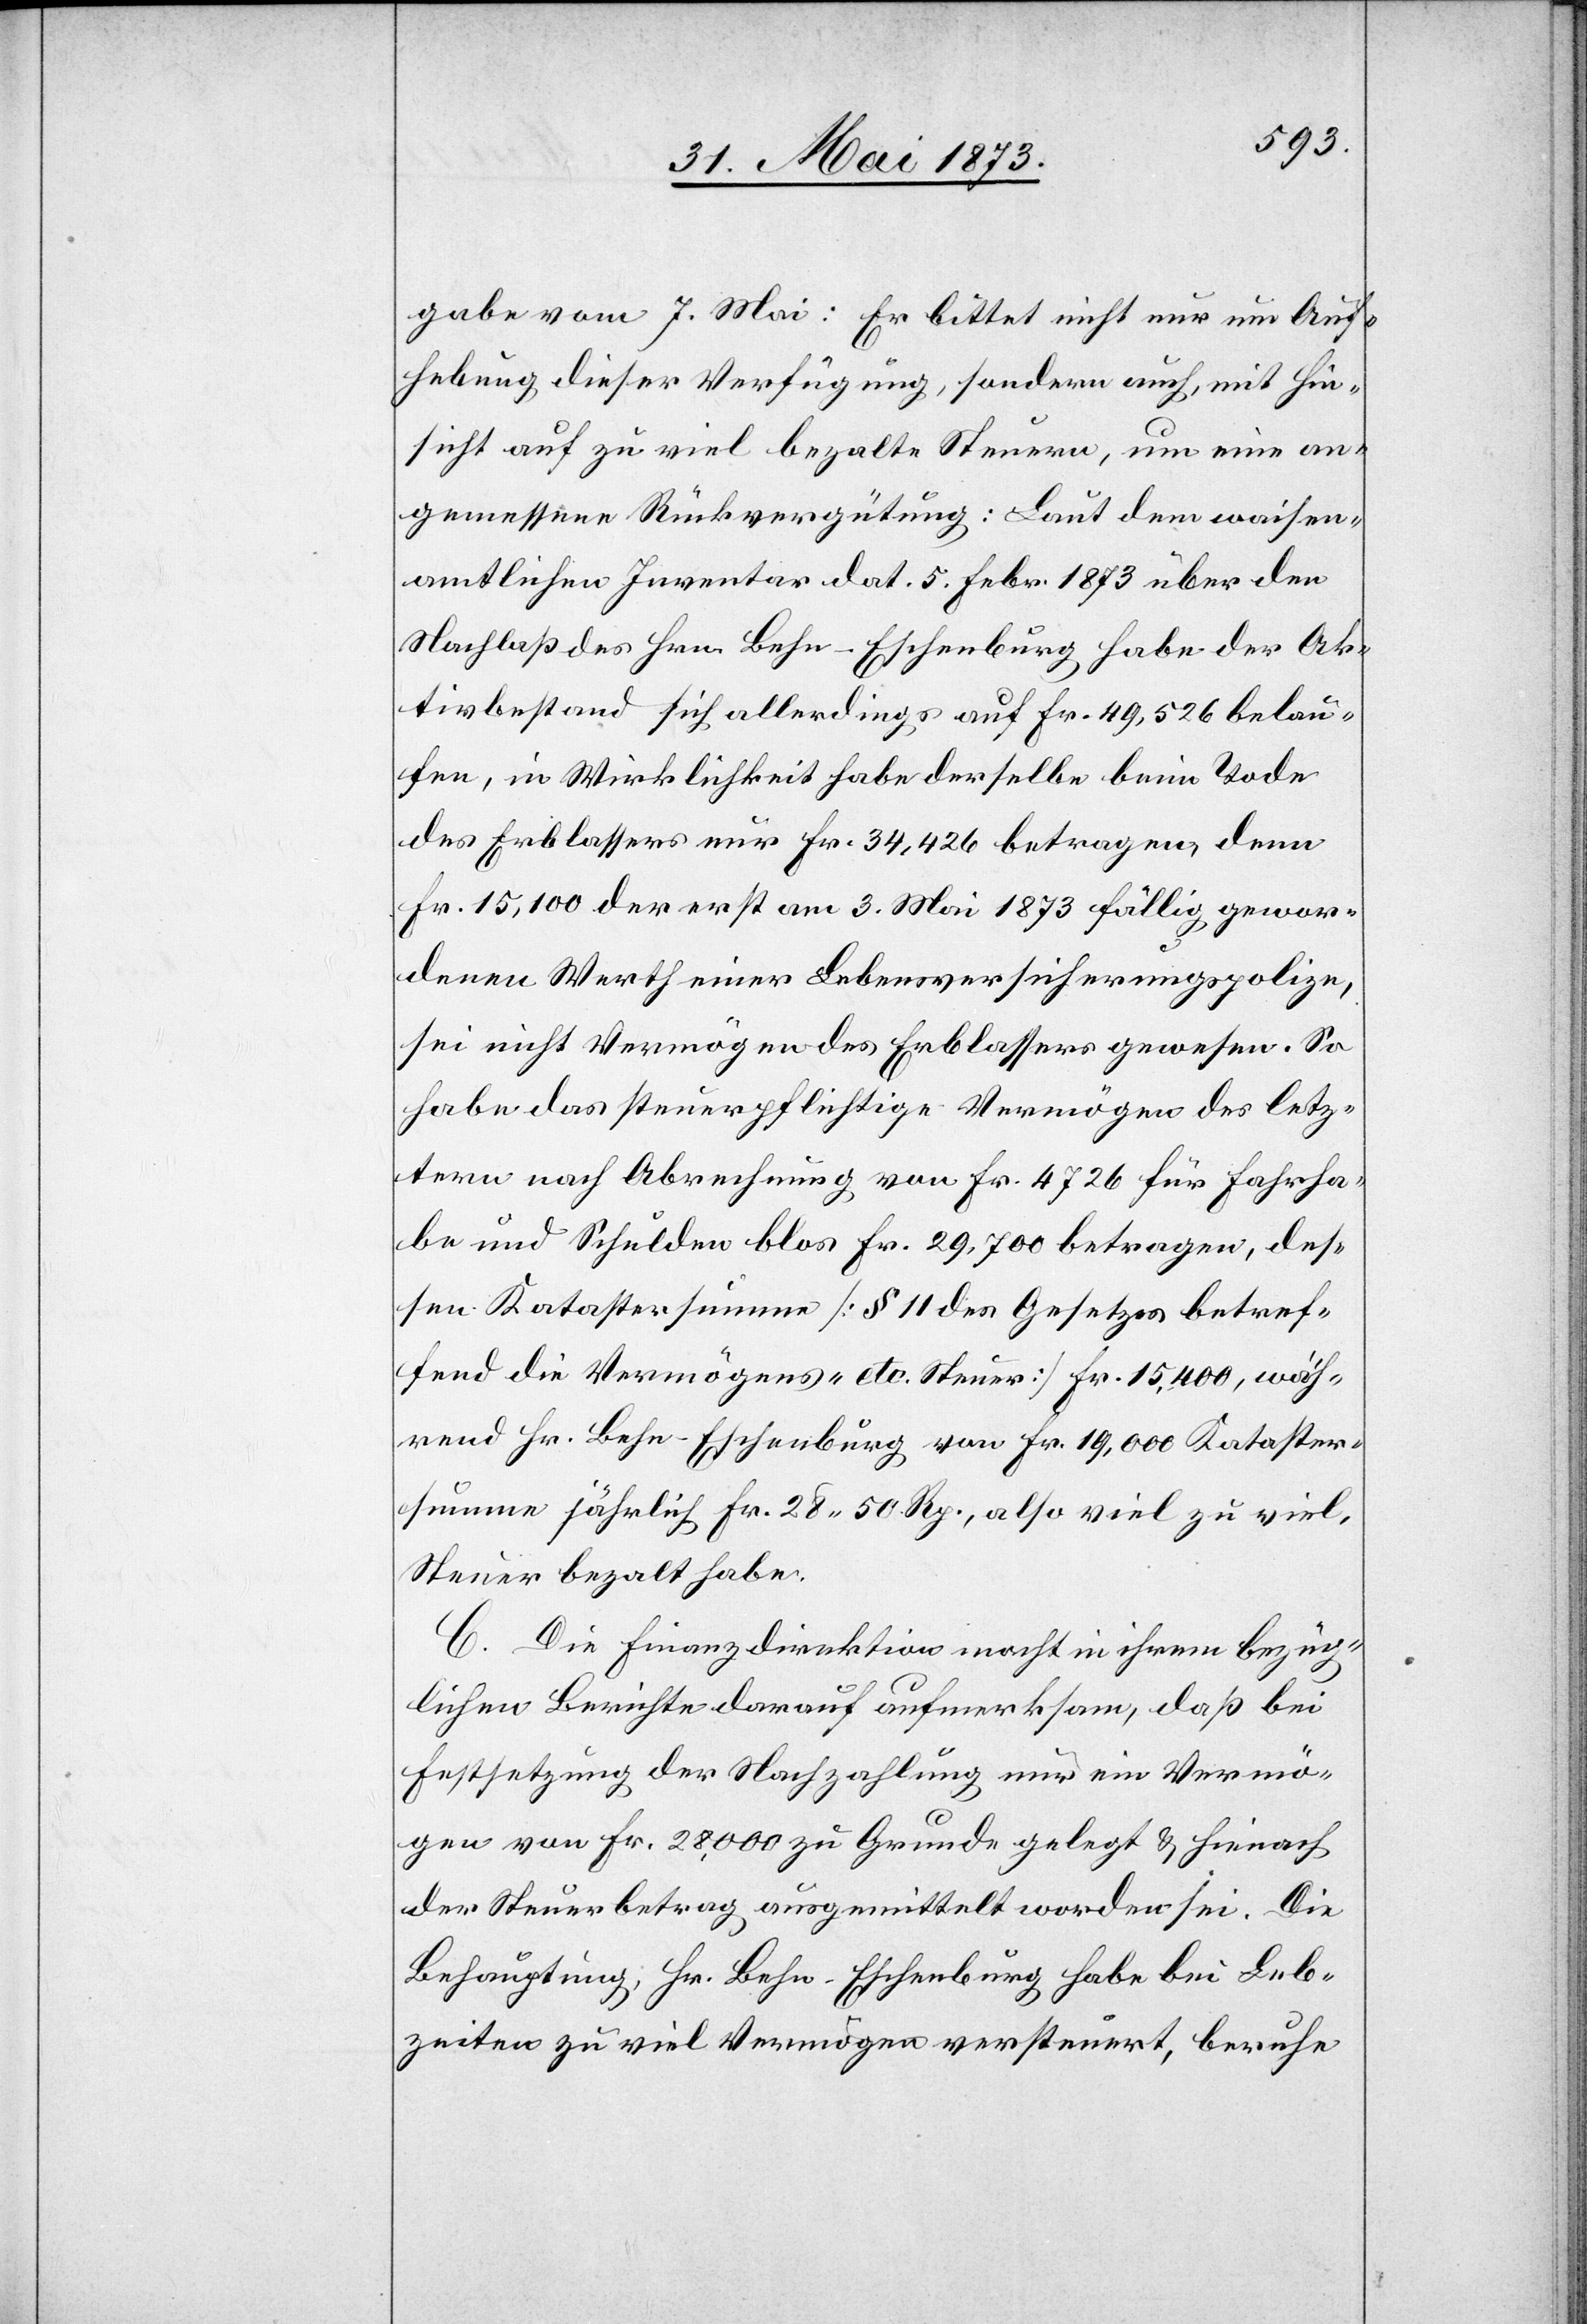
gabe vom 7. Mai: Er bittet nicht nur um Auf¬
hebung dieser Verfügung, sondern auch, mit Hin¬
sicht auf zu viel bezahlte Steuern, um eine an¬
gemessene Rückvergütung: Laut dem waisen¬
amtlichen Inventar dat. 5. Febr. 1873 über den
Nachlaß des Hrn. Behn-Eschenburg habe der Ak¬
tivbestand sich allerdings auf Fr. 49,526 belau¬
fen, in Wirklichkeit habe derselbe beim Tode
des Erblassers nur Fr. 34,426 betragen, denn
Fr. 15,100 der erst am 3. Mai 1873 fällig gewor¬
denen [sic!] Werth einer Lebensversicherungspolize,
sei nicht Vermögen des Erblassers gewesen. So
habe das steuerpflichtige Vermögen des letz¬
tern nach Abrechnung von Fr. 4 726 für Fahrha¬
be und Schulden blos Fr. 29,700 betragen, des¬
sen Katastersumme [§ 11 des Gesetzes betref¬
fend die Vermögens- etc. Steuer] Fr. 15,400, wäh¬
rend Hr. Behn-Eschenburg von Fr. 19,000 Kataster¬
summe jährlich Fr. 28 50 Rp., also viel zu viel,
C. Die Finanzdirektion macht in ihrem bezüg¬
lichen Berichte darauf aufmerksam, daß bei
Festsetzung der Nachzahlung nur ein Vermö¬
gen von Fr. 28,000 zu Grunde gelegt & hienach
der Steuerbetrag ausgemittelt worden sei. Die
Behauptung, Hr. Behn-Eschenburg habe bei Leb¬
zeiten zu viel Vermögen versteuert, beruhe